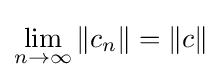
\lim _{n\to \infty }\left\|c_{n}\right\|=\|c\|